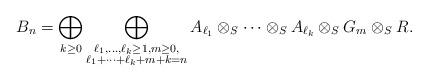
LaTeX: \begin{align*}B_n = \bigoplus_{k \ge 0} \bigoplus_{\substack{\ell_1, \dots, \ell_k \ge 1, m \ge 0, \\ \ell_1 + \cdots + \ell_k + m + k = n}} A_{\ell_1} \otimes_S \cdots \otimes_S A_{\ell_k} \otimes_S G_m \otimes_S R.\end{align*}